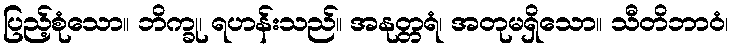
ပြည့်စုံသော။ ဘိက္ခု၊ ရဟန်းသည်။ အနုတ္တရံ၊ အတုမရှိသော။ သီတိဘာဝံ၊